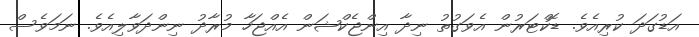
އަޑުގަދަ ކުރިއެވެ. ޑޮކްޓަރުން އެވަގުތު ނިދާ އިންޖެކްޝަން އެއްޖަހާ މުރާދު ނިންދަވާލިއެވެ. ނަމަވެސް